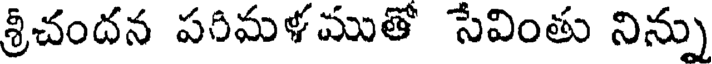
శ్రీచందన పరిమళముతో సేవింతు నిన్ను